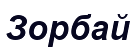
Зорбай